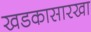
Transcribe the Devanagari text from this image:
खडकासारखा